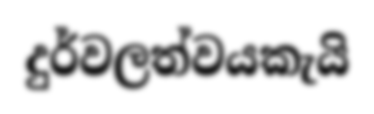
දුර්වලත්වයකැයි